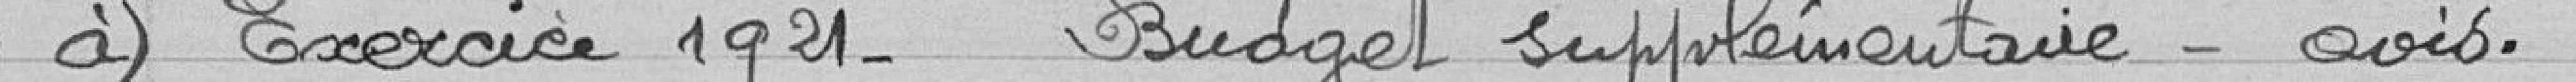
a) Exercice 1921. Budget supplémentaire. Avis.